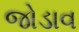
જોડાવ